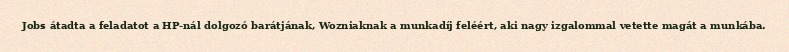
Jobs átadta a feladatot a HP-nál dolgozó barátjának, Wozniaknak a munkadíj feléért, aki nagy izgalommal vetette magát a munkába.